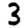
Digit: 3